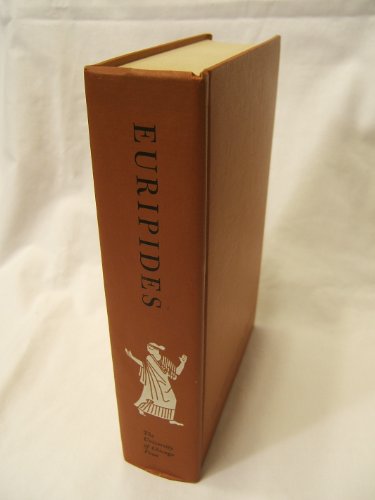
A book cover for The complete Greek tragedies: Vol. 4, Euripides; Literature & Fiction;